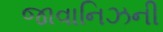
જાવાનિઝની